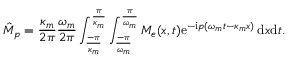
\hat { M } _ { p } = \frac { \kappa _ { m } } { 2 \pi } \frac { \omega _ { m } } { 2 \pi } \int _ { \frac { - \pi } { \kappa _ { m } } } ^ { \frac { \pi } { \kappa _ { m } } } \int _ { \frac { - \pi } { \omega _ { m } } } ^ { \frac { \pi } { \omega _ { m } } } M _ { e } ( x , t ) \mathrm { e } ^ { - \mathrm { i } p ( \omega _ { m } t - \kappa _ { m } x ) } \, \mathrm { d } x \mathrm { d } t .